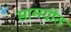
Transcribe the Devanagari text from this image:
सामग्रीत